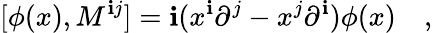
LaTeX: [\phi(x),M^{\mathbf{i}j}]=\mathbf{i}(x^{\mathbf{i}}{\partial}^{j}-x^{j}{\partial}^{\mathbf{i}})\phi(x)\quad,